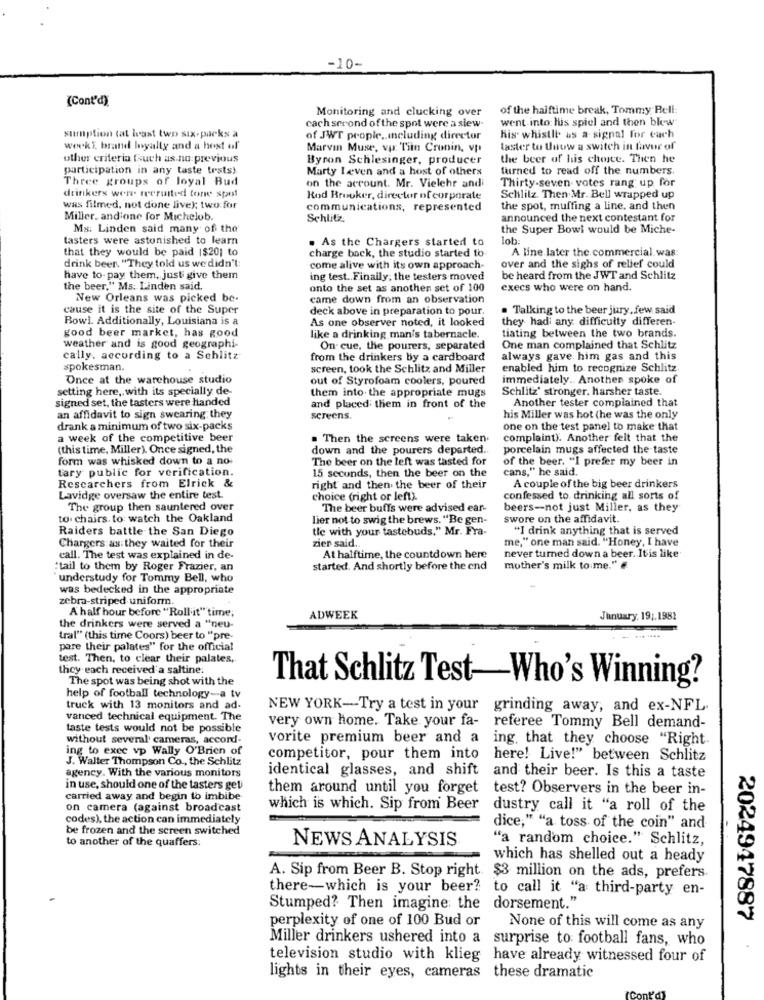
-10-
(Cont'd)
Monitoring and clucking over
of the halftime break, Tommy Bell:
cach serond of the spot were a slew-
went into: lus spiel and then blew
sumption (at least two six-packs a
of JWT people .. Including director
his whistle as a signal for cach
week I brand loyalty and a host of'
Marvin Muse, vp: Tiin Cronin, vp
taster tu Uhow a switch in favor of
other criteria such as no previous
Byron Schlesinger, producer
the beer of his choice. Then he
participation in any taste tests).
Marty Leven and a host of others
turned to read off the numbers.
Three groups of loyal Bud
drinkers were recruited tone spot
on the account. Mr. Vielehr and
Thirty-seven votes rang up for
Rod Brooker, director of corporate
Schlitz. Then Mr. Bell wrapped up
was filmed, not done liver two for
communications, represented
the spot, muffing a line, and then
Miller. and one for Michelob.
Schlitz
announced the next contestant for
Ms: Linden said many of the
the Super Bowl would be Miche-
tasters were astonished to learn
lob:
that they would be paid ($20; to
. As the Chargers started to
A line later the commercial. was:
drink beer. "They told us we didn't:
charge back, the studio started to
come alive with its own approach-
over and the sighs of relief could
have to- pay them, just give them
ing test .. Finally, the testers moved
be heard from the JWT and Schlitz
the beer," Ms: Linden said.
onto the set as anothen set of 100
execs who were on hand.
New Orleans was picked be-
came down from an observation
cause it is the site of the Super
deck above in preparation to pour.
. Talking to the beer jury, few said
Bowl. Additionally, Louisiana is a
As one observer noted, it looked
they had any difficulty differen-
tiating between the two brands.
good beer market, has good
like a drinking man's tabernacle.
weather and is good geographi-
On cue, the pourers, separated
One man complained that Schlitz
cally, according to a Schlitz
from the drinkers by a cardboard
always gave him gas and this
spokesman.
screen, took the Schlitz and Miller
enabled him to recognize Schlitz.
Once at the warehouse studio
out of Styrofoam coolers, poured
immediately .. Another spoke of
setting here, with its specially de-
them into the appropriate mugs
Schlitz' stronger. harsher taste.
signed set, the tasters were handed
Another tester complained that
and placed them in front of the
an affidavit to sign swearing they
screens.
his Miller was hot (he was the only
drank a minimum of two six-packs
one on the test panel to make that
a week of the competitive beer
. Then the screens were taken.
complaint). Another felt that the
(this time, Miller). Once signed, the
down and the pourers departed.
porcelain mugs affected the taste
form was whisked down to a no-
The beer on the left was tasted for
of the beer. "I prefer my beer in
tary public for verification.
15 seconds, then the beer on the
cans," he said.
Researchers from Elrick &
right and then the beer of their
A couple of the big beer drinkers
Lavidge oversaw the entire test.
choice (right or left).
confessed to drinking all sorts of
The group then sauntered over
The beer buffs were advised ear-
beers-not just Miller, as they
to. chairs. to watch the Oakland
lier not to swig the brews. "Be gen-
swore on the affidavit.
Raiders battle the San Diego
tle with your tastebuds," Mr. Fra-
"I drink anything that is served
zier said ..
Chargers as they waited for their
me," one man said. "Honey, I have
call. The test was explained in de-
At halftime, the countdown here
never turned down a beer. It is like
"tail to them by Roger Frazier, an
started. And shortly before the end
mother's milk to me."#
understudy for Tommy Bell, who
was bedecked in the appropriate
zebra-striped uniform.
A half hour before "Rollit" time;
ADWEEK
January, 19 ;. 1981
the drinkers were served a "neu-
tral" (this time Coors) beer to "pre-
pare their palates" for the official
test. Then, to clear their palates,
they each received'a saltine:
The spot was being shot with the
That Schlitz Test-Who's Winning?
help of football technology -- a tv
truck with 13 monitors and ad-
NEW YORK-Try a test in your grinding away, and ex-NFL.
vanced technical equipment. The
very own home. Take your fa-
taste tests would not be possible
referee Tommy Bell demand-
without several cameras, accord-
vorite premium beer and a
ing, that they choose "Right.
ing to exec vp Wally O'Brien of
J. Walter Thompson Co ., the Schlitz
competitor, pour them into
here! Live!" between Schlitz
identical glasses, and shift
agency. With the various monitors
and their beer. Is this a taste
in use, should one of the tasters get
them around until you forget test? Observers in the beer in-
carried away and begin to imbibe
on camera (against broadcast
which is which. Sip from Beer
dustry call it "a roll of the
codes), the action can immediately
be frozen and the screen switched
dice," "a toss of the coin" and
to another of the quaffers.
NEWS ANALYSIS
"a random choice." Schlitz,
which has shelled out a heady
A. Sip from Beer B. Stop right. $3 million on the ads, prefers.
there-which is your beer?
to call it "a third-party en-
Stumped? Then imagine the dorsement."
perplexity of one of 100 Bud or
2024947887
None of this will come as any
Miller drinkers ushered into a surprise to: football fans, who
television studio with klieg have already witnessed four of
lights in their eyes, cameras these dramatic